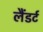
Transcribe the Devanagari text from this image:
लैंडर्ट